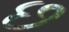
છ